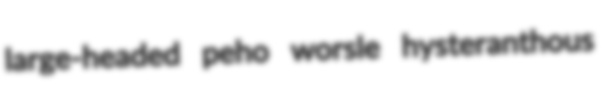
large-headed peho worsle hysteranthous